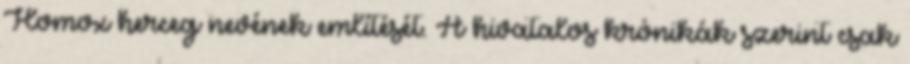
Homox herceg nevének említését. A hivatalos krónikák szerint csak